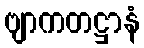
ဗျာကတဋ္ဌာနံ